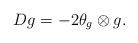
LaTeX: \begin{align*}Dg=-2\theta_g\otimes g.\end{align*}